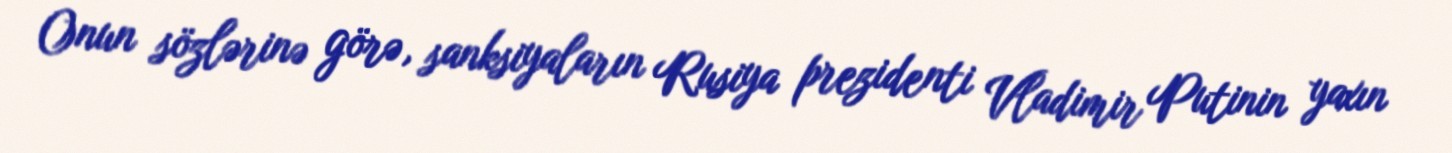
Onun sözlərinə görə, sanksiyaların Rusiya prezidenti Vladimir Putinin yaxın